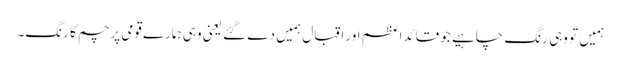
ہمیں تو وہی رنگ چاہیے جو قائداعظم اور اقبال ہمیں دے گئے یعنی وہی ہمارے قومی پرچم کا رنگ۔